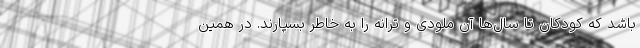
باشد که کودکان تا سال‌ها آن ملودی و ترانه را به خاطر بسپارند. در همین